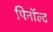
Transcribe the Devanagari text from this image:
पिनॉल्ट